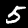
Label: 5